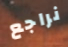
نراجع